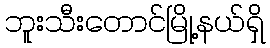
ဘူးသီးတောင်မြို့နယ်ရှိ